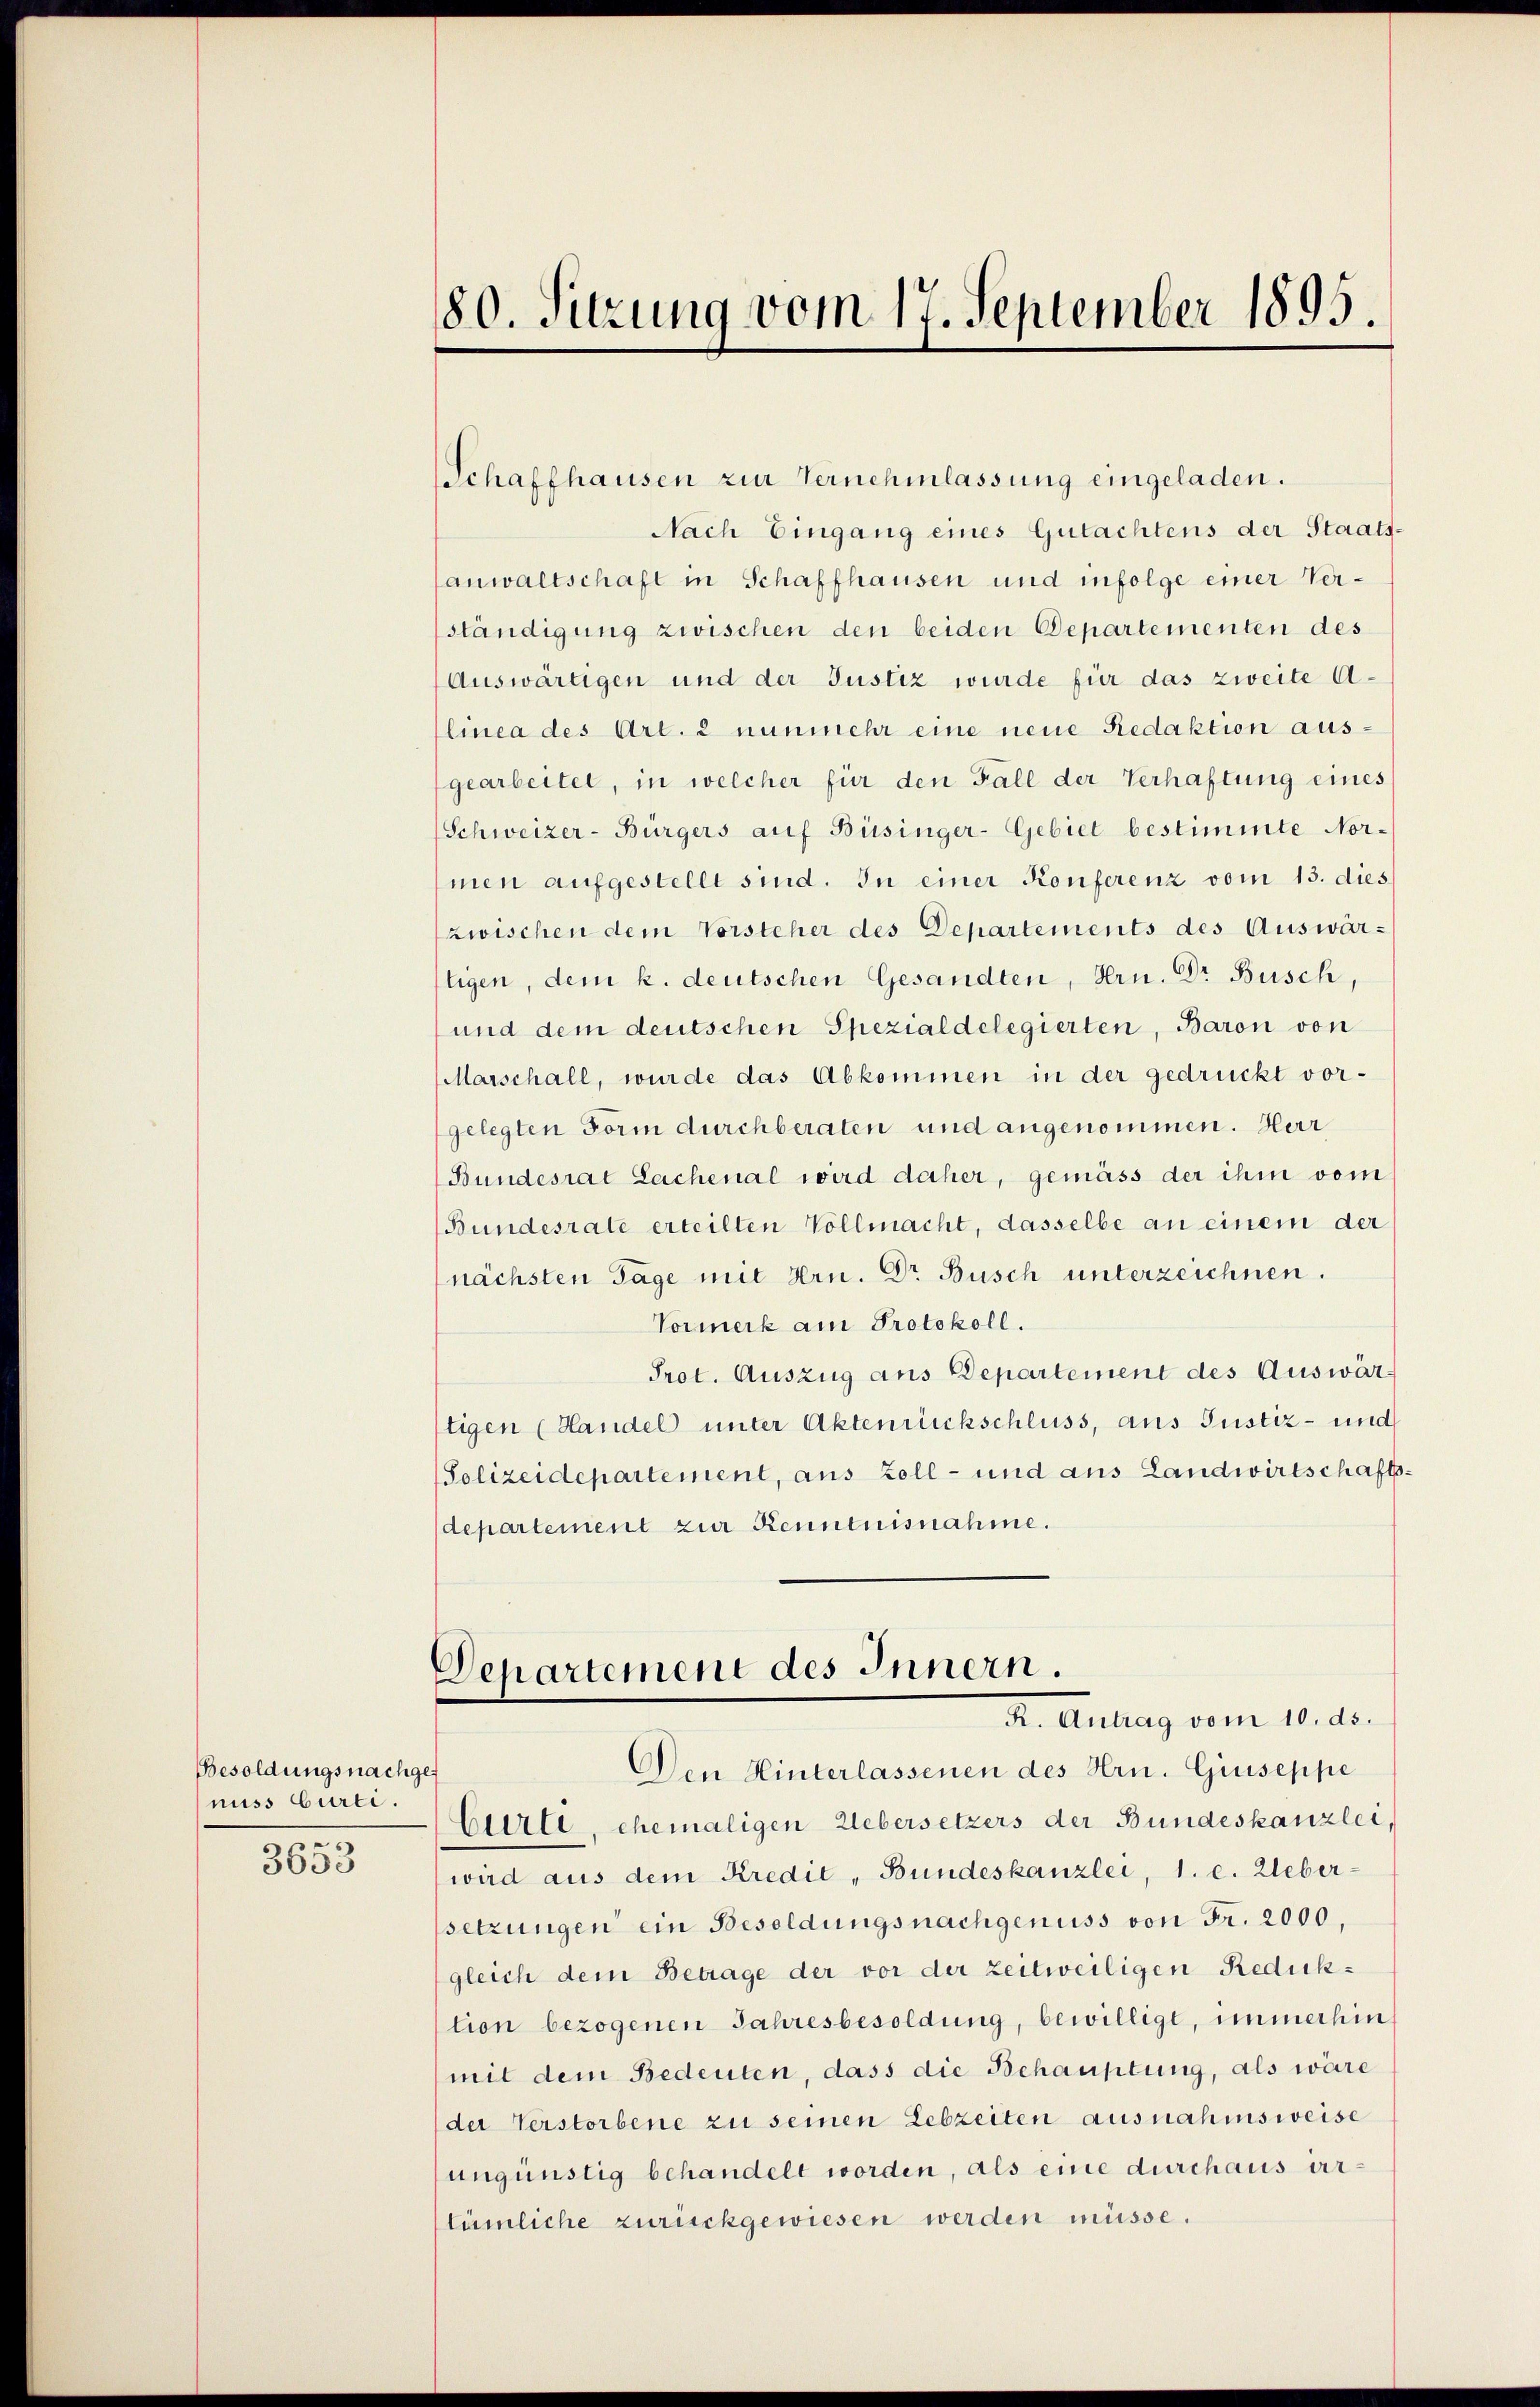
Besoldungsnachgenuss Curti.
3653

80. Sitzung vom 17. September 1895.

Schaffhausen zur Vernehmlassung eingeladen.
Nach Eingang eines Gutachtens der Staats-
anwaltschaft in Schaffhausen und infolge einer Verständigung zwischen den beiden Departementen des
Auswärtigen und der Justiz wurde für das zweite Alinea des Art. 2 nunmehr eine neue Redaktion ausgearbeitet, in welcher für den Fall der Verhaftung eines
Schweizer-Bürgers auf Büsinger-Gebiet bestimmte Nor-
men aufgestellt sind. In einer Konferenz vom 13. dies
zwischen dem Vorsteher des Departements des Auswärtigen, dem k. deutschen Gesandten, Hrn. Dr Busch
und dem deutschen Spezialdelegierten, Baron von
Marschall, wurde das Abkommen in der gedruckt vor-
gelegten Form durchberaten und angenommen. Herr
Bundesrat Lachenal wird daher, gemäss der ihm vom
Bundesrate erteilten Vollmacht, dasselbe an einem der
nächsten Tage mit Hrn. Dr Busch unterzeichnen.
Vormerk am Protokoll.
Prot. Auszug aus Departement des Auswärtigen (Handel unter Aktenrückschluss, aus Justiz- und
Polizeidepartement, aus Zoll- und aus Landwirtschaftsdepartement zur Kenntnisnahme.
Departement des Innern.
a. Annas vom 10. d.
Den Hinterlassenen des Hrn. Giuseppe
Cirte, ehemaligen Uebersetzers der Bundeskanzlei
wird aus dem Kredit „Bundeskanzlei, 1. c. Ueber-
setzungen ein Besoldungsnachgenuss von Fr. 2000,
gleich dem Betrage der vor der zeitweiligen Reducktion bezogenen Jahresbesoldung, bewilligt, immerhin
mit dem Bedeuten, dass die Behauptung, als wäre
der Verstorbene zu seinen Lebzeiten ausnahmsweise
ungünstig behandelt worden, als eine durchaus ertümliche zurückgewiesen werden müsse.